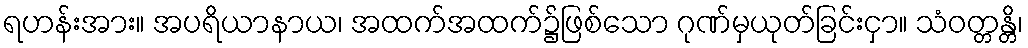
ရဟန်းအား။ အပရိယာနာယ၊ အထက်အထက်၌ဖြစ်သော ဂုဏ်မှယုတ်ခြင်းငှာ။ သံဝတ္တန္တိ၊